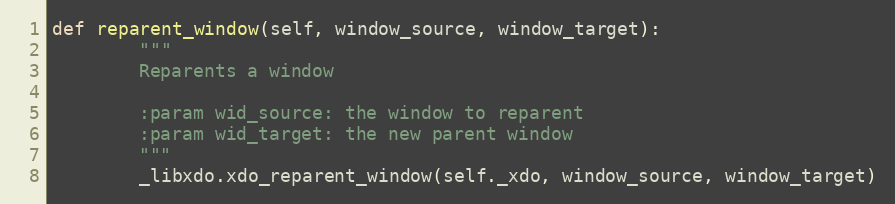
Language: Python
def reparent_window(self, window_source, window_target):
        """
        Reparents a window

        :param wid_source: the window to reparent
        :param wid_target: the new parent window
        """
        _libxdo.xdo_reparent_window(self._xdo, window_source, window_target)